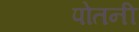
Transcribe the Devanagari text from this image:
पोतनी